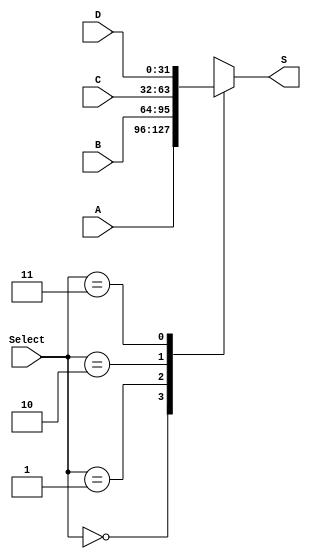
module MUX32_4(Select,A,B,C,D,S);
    input [1:0] Select;
    input[31:0] A,B,C,D;
    output reg[31:0] S;
    always @(*)
        begin
            case(Select)
                2'b00: S <= A;
                2'b01: S <= B;
                2'b10: S <= C;
                2'b11: S <= D;
                default: S <= 32'bz;
            endcase
        end
endmodule